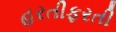
હરતીફરતી